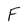
Character: F